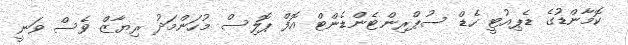
ކޮމާންޑުގެ ޑެޕިއުޓީ ހެޑް ސުޕްރިންޓެންޑެންޓް އޮފް ޕޮލިސް މުހަންމަދު ރިޔާޒް ވެސް ވަނީ